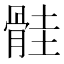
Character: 䯓